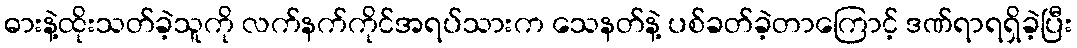
ဓားနဲ့ထိုးသတ်ခဲ့သူကို လက်နက်ကိုင်အရပ်သားက သေနတ်နဲ့ ပစ်ခတ်ခဲ့တာကြောင့် ဒဏ်ရာရရှိခဲ့ပြီး